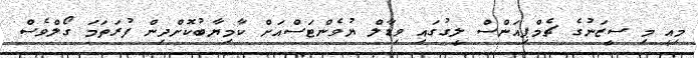
މިއީ މި ސީޒަނުގެ ޗެމްޕިއަންސް ލީގުގައި ވިޑާލް ޔުވެންޓަސްއަށް ކާމިޔާބުކޮށްދިން ފުރަތަމަ ގޯލްވެސް